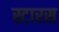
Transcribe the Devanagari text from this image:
स्टारस